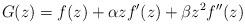
LaTeX: \begin{align*}G(z)=f(z)+\alpha zf'(z)+\beta z^2 f''(z)\end{align*}